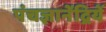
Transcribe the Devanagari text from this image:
पंचज्ञानेंद्रियें